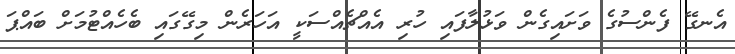
އެނގޭ ފެންސުގެ ވަށައިގެން ވަޅުލާފައި ހުރި އެއްޗެއްސަކީ އަހަރެން މިގޭގައި ބެހެއްޓުމަށް ބައްޕަ